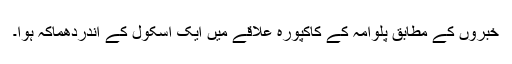
خبروں کے مطابق پلوامہ کے کاکپورہ علاقے میں ایک اسکول کے اندردھماکہ ہوا۔